system: You are a helpful assistant.
user:
Analyze the provided spectrum to determine if it is a **S-type Star**.

- **Key Indicators for S-type Star:**

    - **(Overall Spectrum Shape):** The first and most obvious characteristic is the overall continuum (the "baseline" shape). It is **extremely "red-sloping,"** meaning the flux (light intensity) is very low on the left side (blue, ~4000-4500 Å) and rises steeply and continuously toward the right side (red, ~7000 Å+).

    - **(Primary):** The spectrum is defined by the presence of strong, broad molecular absorption "valleys" (bands) from **Zirconium Oxide (ZrO)**. The identification of these bands is the **primary requirement** for classifying a star as S-type.
        - **(Key Bandheads):** You must find distinct, deep "dips" where the light has been absorbed. The most critical band systems to locate are:
            - **~6474 Å** ($\gamma$-system): This is often the strongest and clearest ZrO feature, found in the red part of the spectrum.
            - **~5718 Å** & **~5551 Å** ($\beta$-system): A pair of prominent absorption features in the yellow-orange part of the spectrum.
            - **~4640 Å** ($\alpha$-system): A key absorption band system in the blue-green region of the spectrum.

    - **(Secondary Confirmation):** The classification is strengthened by finding additional absorption bands from other related heavy element oxides, which are expected to be present alongside ZrO.
        - **(Key Bandheads):**
            - **Yttrium Oxide (YO):** Look for absorption dips near **~4800 Å** and **~6100 Å**.
            - **Lanthanum Oxide (LaO):** Additional absorption features, particularly in the red-orange part of the spectrum, are also characteristic.

    - **(Line Profile):** The combination of the steep red continuum and these numerous, deep molecular bands (ZrO, YO, etc.) gives the entire spectrum a very **"chopped-up"** or **"bumpy"** appearance. Instead of a smooth curve, the spectrum looks as though large, wide chunks of light have been "carved out" of it at the specific wavelengths listed above.

Think first, call **spectral_visualization_tool** if needed to examine features in detail, then provide your final answer. Your response must adhere to the following strict rules:
1.  **Overall Structure:** Your response must follow the format `<think>...</think> <tool_call>...</tool_call> (if a tool is used) <answer>...</answer>`.
2.  **Tool Usage Constraint:** You may only make **one** tool call per turn.
3.  **Final Answer Format:** In the `<answer>` tag, your conclusion must be inside a `\boxed{}` command (e.g., `\boxed{YES}` or `\boxed{NO}`), followed by your justification.

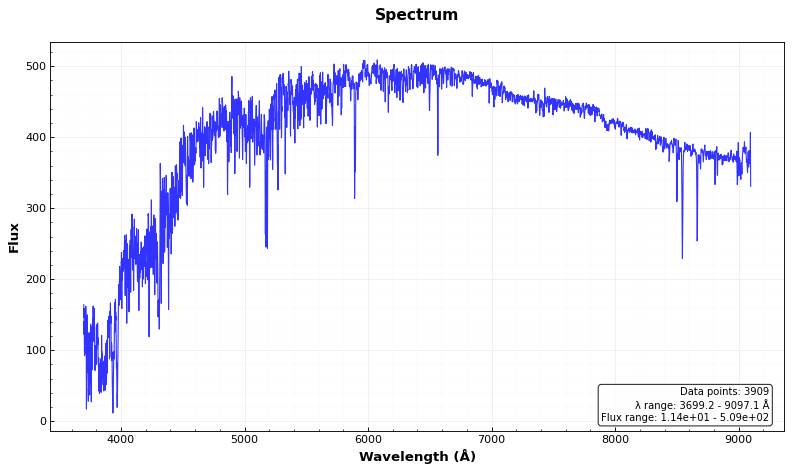
Answer: NO